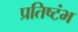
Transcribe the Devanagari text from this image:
प्रतिष्टंभ